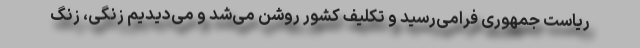
ریاست جمهوری فرامی‌رسید و تکلیف کشور روشن می‌شد و می‌دیدیم زنگی، زنگ